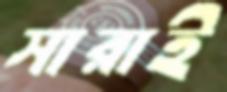
সারাই